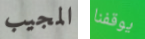
المجيب يوقفنا